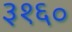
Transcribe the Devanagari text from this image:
३१६०